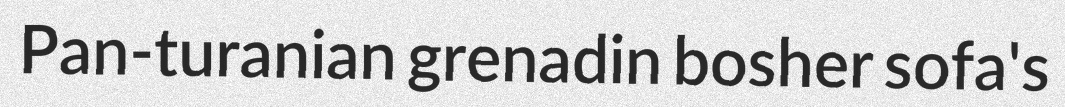
Pan-turanian grenadin bosher sofa's